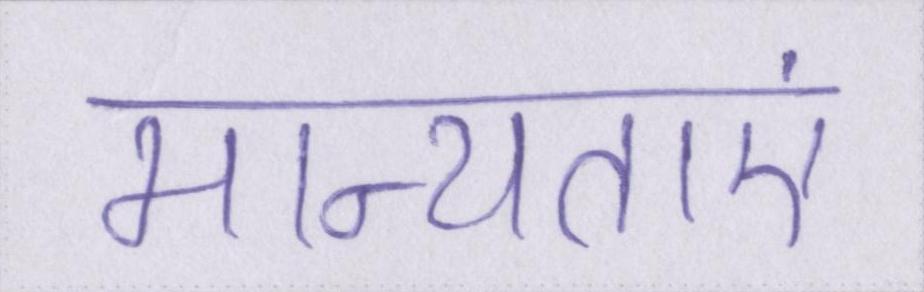
मान्यताएं